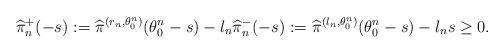
LaTeX: \begin{align*} \widehat{\pi}^+_n(-s) := \widehat{\pi}^{(r_n,\theta^n_0)}( \theta^n_0 - s ) - l_n \widehat{\pi}^-_n(-s) := \widehat{\pi}^{(l_n,\theta^n_0)}( \theta^n_0 - s ) - l_n s\geq 0. \end{align*}